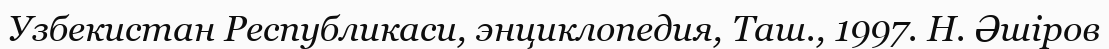
Узбекистан Республикаси, энциклопедия, Таш., 1997. Н. Әшіров